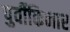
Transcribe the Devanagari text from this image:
पुर्वीकिनार